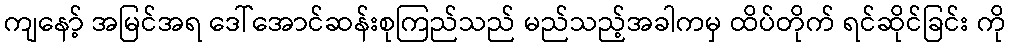
ကျနော့် အမြင်အရ ဒေါ်အောင်ဆန်းစုကြည်သည် မည်သည့်အခါကမှ ထိပ်တိုက် ရင်ဆိုင်ခြင်း ကို